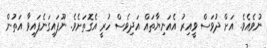
ނުވެއެވެ. އަށް ދުވަސް ވީއިރު އެއަނިޔާތައް އަދިވެސް ހުރީ އެގޮތަށެވެ. ނޫފައިގަނެފައިވާ އަތުން